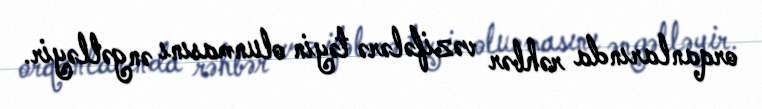
orqanlarında rəhbər vəzifələrə təyin olunmasını əngəlləyir.